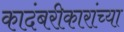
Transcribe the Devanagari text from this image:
कादंबरीकारांच्या